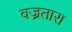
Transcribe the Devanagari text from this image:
वज्रतारा